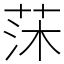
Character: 莯